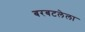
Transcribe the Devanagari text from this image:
बरबटलेला